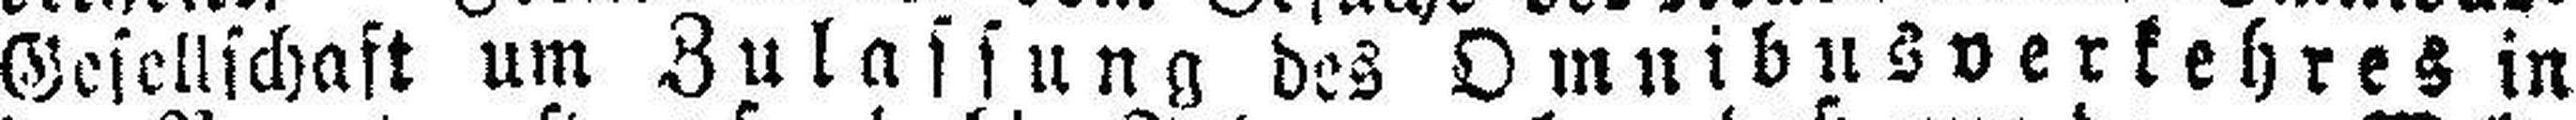
Gesellschaft um Zulassung des Omnibusverkehres in